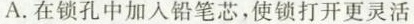
A.在锁孔中加入铅笔芯，使锁打开更灵活